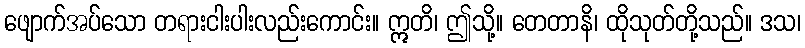
ဖျောက်အပ်သော တရားငါးပါးလည်းကောင်း။ ဣတိ၊ ဤသို့။ တေတာနိ၊ ထိုသုတ်တို့သည်။ ဒသ၊